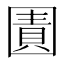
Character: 𭍬